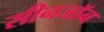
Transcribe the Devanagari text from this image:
सीनजॉन